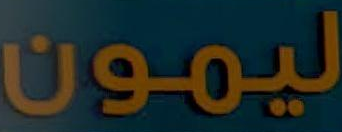
ليمون